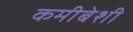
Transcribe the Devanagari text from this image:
कमीबेशी